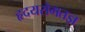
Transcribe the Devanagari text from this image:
हृदयरोगतज्ञ